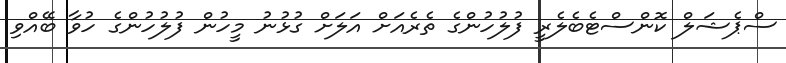
ސްޕެޝަލް ކޮންސްޓެބެލެރީ ފުލުހުންގެ ތެރެއަށް އަލަށް ގުޅުނު މީހުން ފުލުހުންގެ ހުވާ ބޭއްވި